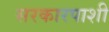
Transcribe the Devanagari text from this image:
सरकारपाशी